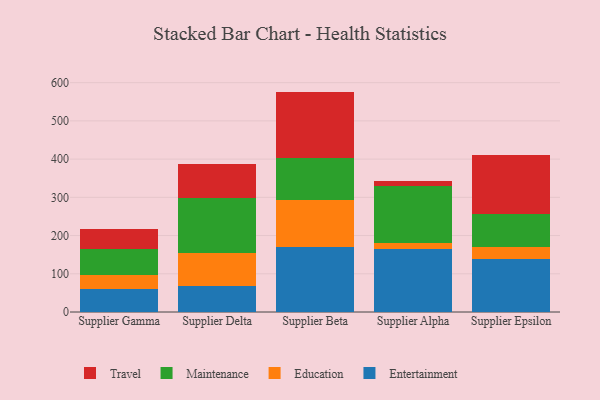
{"axis": {"x": "Supplier", "y": "Bounce Rate (%)"}, "legend": ["Education", "Entertainment", "Maintenance", "Travel"], "data": [{"x": "Supplier Gamma", "y": 59.2, "type": "Entertainment"}, {"x": "Supplier Gamma", "y": 38.3, "type": "Education"}, {"x": "Supplier Gamma", "y": 66.8, "type": "Maintenance"}, {"x": "Supplier Gamma", "y": 51.6, "type": "Travel"}, {"x": "Supplier Delta", "y": 67.8, "type": "Entertainment"}, {"x": "Supplier Delta", "y": 85.7, "type": "Education"}, {"x": "Supplier Delta", "y": 144.3, "type": "Maintenance"}, {"x": "Supplier Delta", "y": 89.7, "type": "Travel"}, {"x": "Supplier Beta", "y": 168.9, "type": "Entertainment"}, {"x": "Supplier Beta", "y": 123.2, "type": "Education"}, {"x": "Supplier Beta", "y": 110.8, "type": "Maintenance"}, {"x": "Supplier Beta", "y": 173.7, "type": "Travel"}, {"x": "Supplier Alpha", "y": 164.2, "type": "Entertainment"}, {"x": "Supplier Alpha", "y": 17.2, "type": "Education"}, {"x": "Supplier Alpha", "y": 148.6, "type": "Maintenance"}, {"x": "Supplier Alpha", "y": 13.9, "type": "Travel"}, {"x": "Supplier Epsilon", "y": 138.7, "type": "Entertainment"}, {"x": "Supplier Epsilon", "y": 30.7, "type": "Education"}, {"x": "Supplier Epsilon", "y": 85.8, "type": "Maintenance"}, {"x": "Supplier Epsilon", "y": 154.9, "type": "Travel"}]}